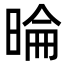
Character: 㫻